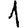
Digit: 1